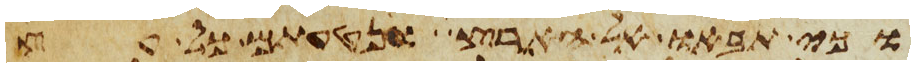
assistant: וכי תבאו אל הארץ ונטעתם כל